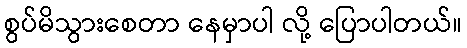
စွပ်မိသွားစေတာ နေမှာပါ လို့ ပြောပါတယ်။